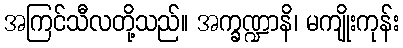
အကြင်သီလတို့သည်။ အက္ခဏ္ဍာနိ၊ မကျိုးကုန်း